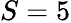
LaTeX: S=5